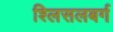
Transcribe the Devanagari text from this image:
श्लिसलबर्ग